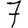
Digit: 7